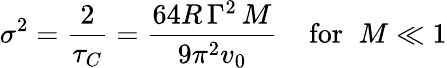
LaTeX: \sigma^{2}={\frac{2}{\tau_{C}}}={\frac{64R\, \Gamma^{2}\, M}{9\pi^{2}v_{0}}}\; \; \; \; \mathrm{for}\; \; M\ll 1